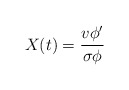
\begin{align*}X(t) = \frac {v \phi'}{\sigma \phi}\end{align*}